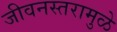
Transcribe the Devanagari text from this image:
जीवनस्तरामुळे